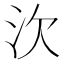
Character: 㳄